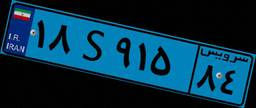
۱۸S۹۱۵۸۴